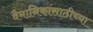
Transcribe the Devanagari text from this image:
वैमानिकांसाठीच्या